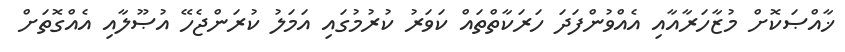
ޚާއްޞަކޮށް މުޒާހަރާއާއި އެއްވުންފަދަ ހަރަކާތްތައް ކަވަރު ކުރުމުގައި އަމަލު ކުރަންޖެހޭ އުޞޫލާއި އެއްގޮތަށް